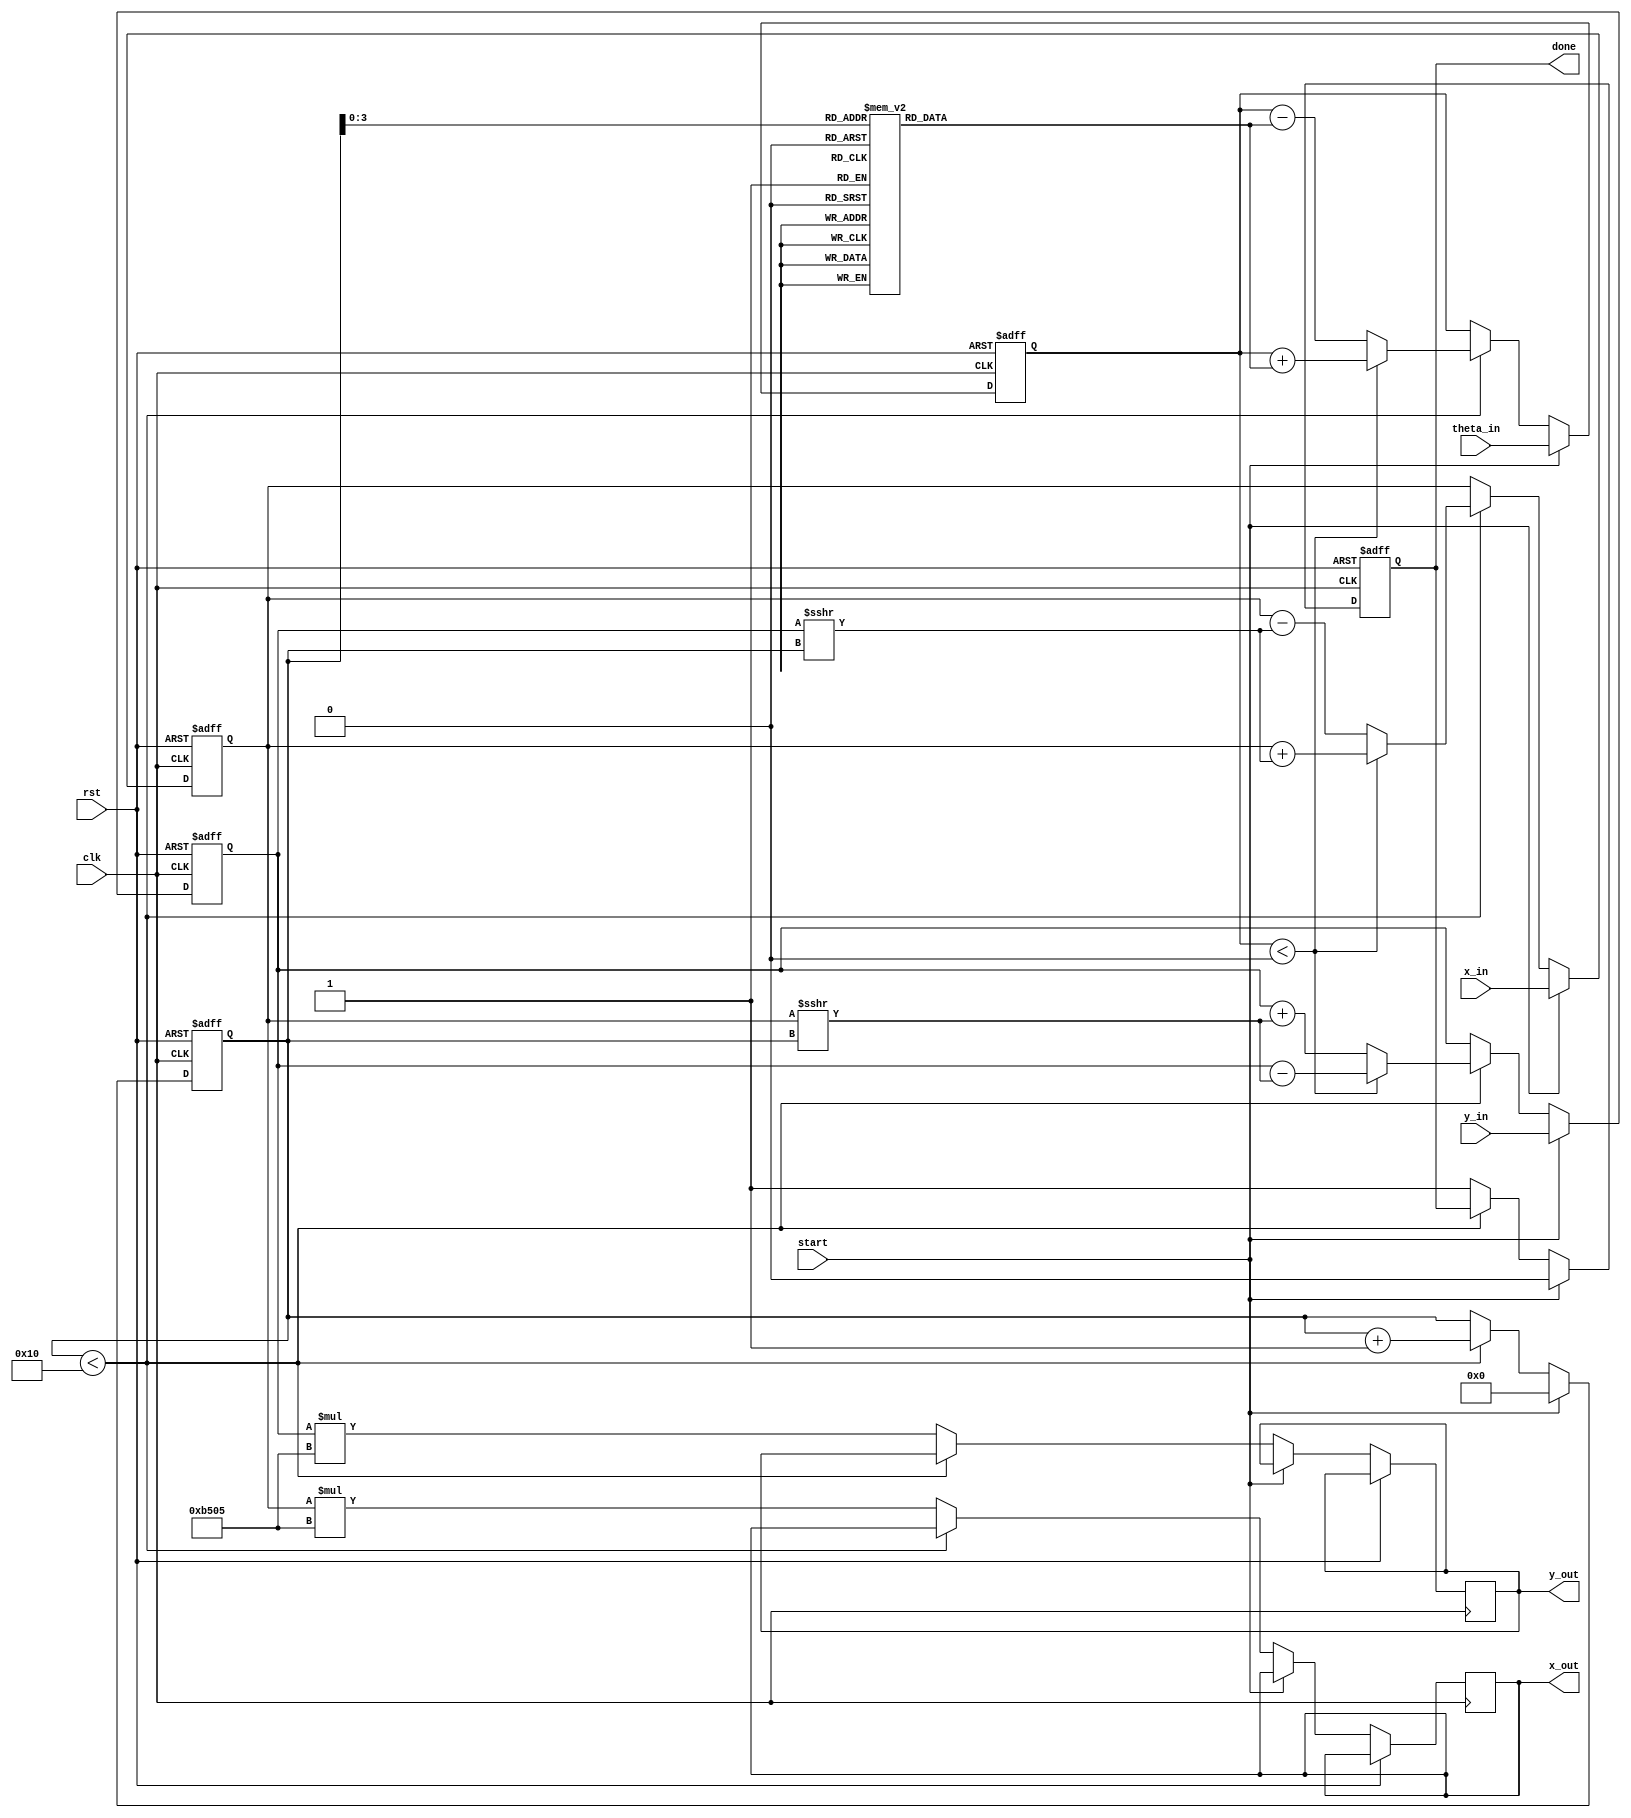
module adaptive_cordic #(
    parameter WIDTH = 16, // Bit-width for fixed-point representation
    parameter MAX_ITER = 16 // Maximum number of iterations
)(
    input wire clk,
    input wire rst,
    input wire start,
    input wire [WIDTH-1:0] x_in, // Input x
    input wire [WIDTH-1:0] y_in, // Input y
    input wire [WIDTH-1:0] theta_in, // Input angle theta
    output reg [WIDTH-1:0] x_out, // Output x'
    output reg [WIDTH-1:0] y_out, // Output y'
    output reg done // Operation done signal
);

    reg [WIDTH-1:0] x, y, theta;
    reg [4:0] iteration; // Iteration counter
    reg [WIDTH-1:0] angle_table [0:MAX_ITER-1]; // Precomputed angle values
    reg [WIDTH-1:0] scaling_factor;

    initial begin
        // Initialize angle table with arctan(2^-i) values
        angle_table[0] = 16'h3243; // arctan(1)
        angle_table[1] = 16'h1DAC; // arctan(0.5)
        angle_table[2] = 16'h0D1F; // arctan(0.25)
        angle_table[3] = 16'h05A8; // arctan(0.125)
        // ... Fill in remaining angles for MAX_ITER
        // scaling_factor = 1/sqrt(1 + 2^(-2*i)) for i=0 to MAX_ITER-1
        scaling_factor = 16'hB505; // Example value for scaling factor
    end

    always @(posedge clk or posedge rst) begin
        if (rst) begin
            x <= 0;
            y <= 0;
            theta <= 0;
            iteration <= 0;
            done <= 0;
        end else if (start) begin
            x <= x_in;
            y <= y_in;
            theta <= theta_in;
            iteration <= 0;
            done <= 0;
        end else if (iteration < MAX_ITER) begin
            // CORDIC Iteration
            if (theta < 0) begin
                // Rotate clockwise
                x <= x + (y >>> iteration);
                y <= y - (x >>> iteration);
                theta <= theta + angle_table[iteration];
            end else begin
                // Rotate counter-clockwise
                x <= x - (y >>> iteration);
                y <= y + (x >>> iteration);
                theta <= theta - angle_table[iteration];
            end
            iteration <= iteration + 1;
        end else begin
            // Final output after all iterations
            x_out <= x * scaling_factor; // Apply scaling factor
            y_out <= y * scaling_factor; // Apply scaling factor
            done <= 1; // Indicate operation is done
        end
    end

endmodule